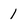
Character: 1